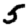
Digit: 5